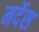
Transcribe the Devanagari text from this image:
मर्देस